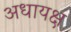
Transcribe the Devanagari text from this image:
अधायक्ष